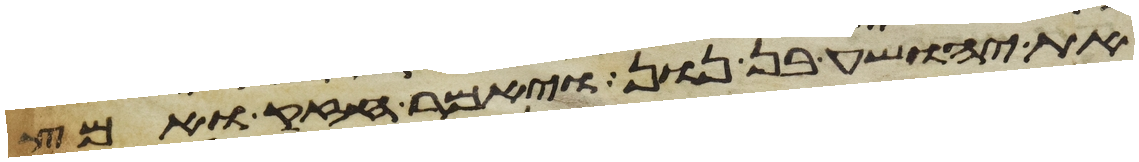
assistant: את יהושע בן נון ויאמר חזק ואמץ